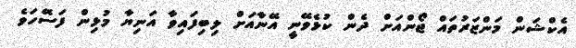
އެކްޝަން މަންޒަރުތައް ޖޯންއަށް ދެން ކުޅެވޭނީ އޭނާއަށް ލިބިފައިވާ އަނިޔާ މުޅިން ފަސޭހަވެ